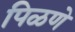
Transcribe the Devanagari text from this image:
पिळणे